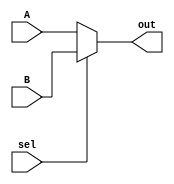
`timescale 1ns / 1ps

module MUX_2X1_1bit(A,B,out,sel);
    input wire A,B,sel;
    output wire out;

    assign out = sel ? B : A;
endmodule

// Not complete, need external and internal halt signal and clock wrapper
module wrapper(clkext, clk, halt, cont);
    input wire clkext, halt, cont;
    output wire clk;
    MUX_2X1_1bit mx1(clkext,cont,clk,halt);
endmodule


module prgrmCntr(
	input clkext,
	input rst,
	input [31:0] PCin,
	output reg [31:0] PCout,
	input halt,
	output [0:0] clkout,
	input cont
    );
	 wire clk;
	 wrapper wc(clkext, clk, halt, cont);
	
	assign clkout = clk;
	
	always @ (posedge clk or posedge rst)
		begin
			if(rst)
				begin
					PCout <= 32'd0;
				end
			else
				begin
					PCout <= PCin;
				end
		end

endmodule